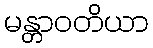
မန္တာဝတိယာ